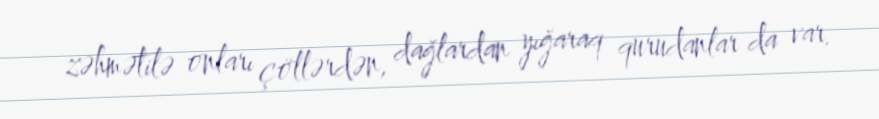
zəhmətilə onları çöllərdən, dağlardan yığaraq qurudanlar da var.